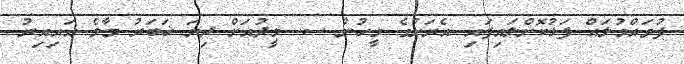
ފުވައްމުލައް ފަޅުކޮށްލައިފައި އެރަށުގެ މީހުން ސ. މީދުއަށް ދިޔަ ޚަބަރު މާލެ އައިއިރު